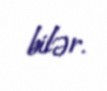
bilər.